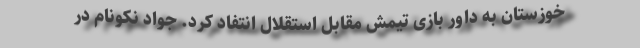
خوزستان به داور بازی تیمش مقابل استقلال انتفاد کرد. جواد نکونام در